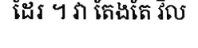
ដែរ ។ វា តែងតែ វិល